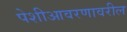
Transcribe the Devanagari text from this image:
पेशीआवरणावरील